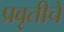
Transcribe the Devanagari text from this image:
प्रवृतीचे